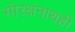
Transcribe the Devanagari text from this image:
गोरक्षनाथही